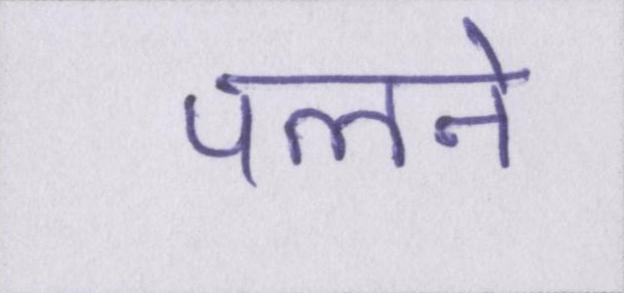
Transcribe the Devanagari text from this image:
पलने